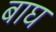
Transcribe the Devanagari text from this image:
बाघ्‍ा